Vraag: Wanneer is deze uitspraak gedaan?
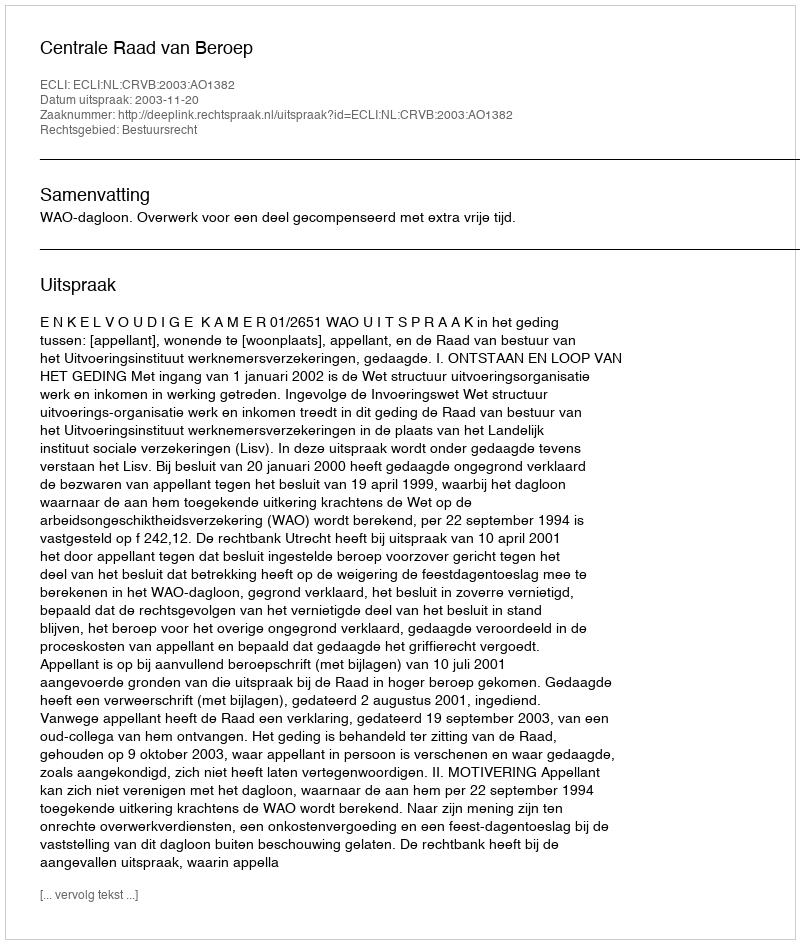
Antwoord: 2003-11-20